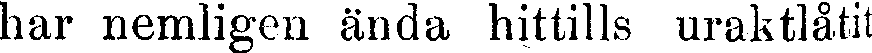
har nemligen ända hittills uraktlåtit